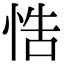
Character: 悎